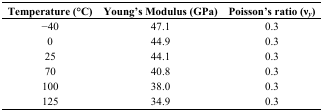
| Temperature (°C) | Young’s Modulus (GPa) | Poisson’s ratio (νy) |
 | --- | --- | --- |
 | −40 | 47.1 | 0.3 |
 | 0 | 44.9 | 0.3 |
 | 25 | 44.1 | 0.3 |
 | 70 | 40.8 | 0.3 |
 | 100 | 38.0 | 0.3 |
 | 125 | 34.9 | 0.3 |